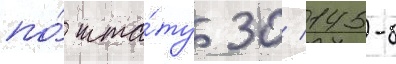
по́ шта́ту 30/ 145-б